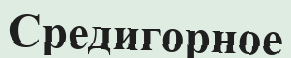
Средигорное